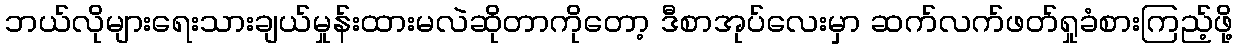
ဘယ်လိုများရေးသားချယ်မှုန်းထားမလဲဆိုတာကိုတော့ ဒီစာအုပ်လေးမှာ ဆက်လက်ဖတ်ရှုခံစားကြည့်ဖို့